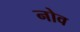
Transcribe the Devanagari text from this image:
नोव